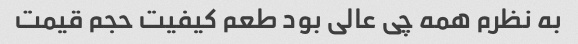
به نظرم همه چی عالی بود طعم کیفیت حجم قیمت